Account of plague administration in the Bombay Presidency from September 1896 till May 1897
Year: 1896
Disease focus: Plague
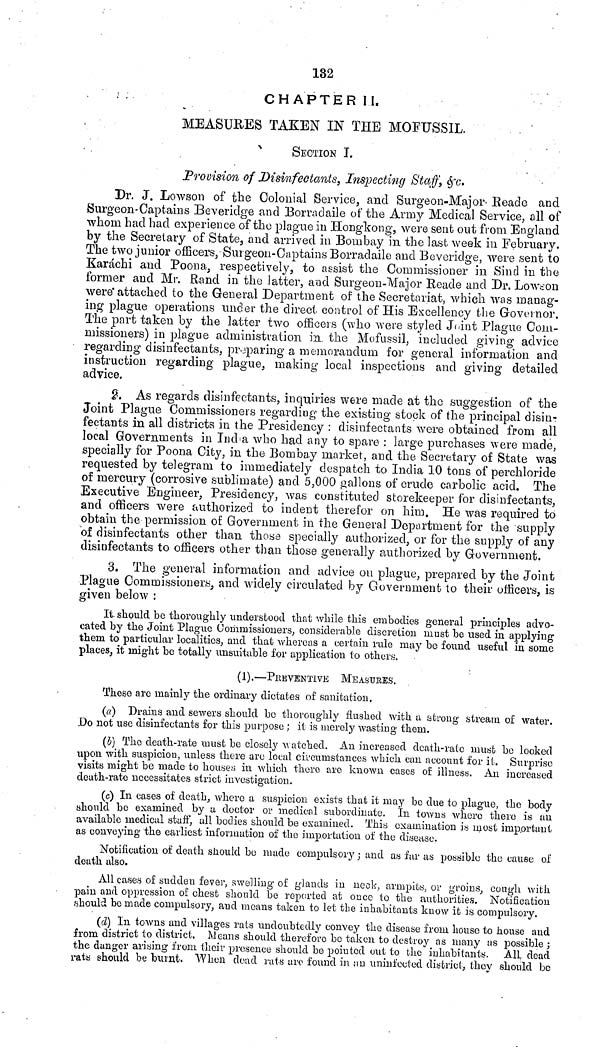
132
CHAPTER II.
MEASURES TAKEN IN THE MOFUSSIL.
SECTION I.
Provision of Disinfectants, Inspecting Staff, &c.
Dr. J. Lowson of the Colonial Service, and Surgeon-Major Reade and
Surgeon-Captains Beveridge and Borradaile of the Army Medical Service, all of
whom had had experience of the plague in Hongkong, were sent out from England
by the Secretary of State, and arrived in Bombay in the last week in February.
The two junior officers, Surgeon-Captains Borradaile and Beveridge, were sent to
Karachi and Poona, respectively, to assist the Commissioner in Sind in
were* attached to the General Department of the Secretariat, which was manag-
ing plague operations under the direct control of His Excellency the Governor.
The part taken by the latter two officers (who were styled Joint Plague Com-
missioners) in plague administration in. the Mofussil, included giving advice
regarding disinfectants, preparing a memorandum for general information and
instruction regarding plague, making local inspections and giving detailed
advice.
2. As regards disinfectants, inquiries were made at the suggestion of
fectants in all districts in the Presidency : disinfectants were obtained from all
local Governments in India who had any to spare : large purchases were made,
specially for Poona City, in the Bombay market, and the Secretary of State was
requested by telegram to immediately despatch to India 10 tons of perchloride
of mercury (corrosive sublimate) and 5,000 gallons of crude carbolic acid. The
Executive Engineer, Presidency, was constituted storekeeper for disinfectants,
and officers were authorized to indent therefor on him. He was required to
obtain the permission of Government in the General Department for the supply
of disinfectants other than these specially authorized, or for the supply of any
disinfectants to officers other than these generally authorized by Government.
3. The general information and advice on plague, prepared by the Joint
Plague Commissioners, and widely circulated by Government to their officers, is
given below :
It should be thoroughly understood that while this embodies general principles advo-
cated by the Joint Plague Commissioners, considerable discretion must be used in applying
them to particular localities, and that whereas a certain rule may be found useful in some
places, it might be totally unsuitable for application to others.
(1).—PrEVENTIVE MEASURES.
These are mainly the ordinary dictates of sanitation.
(a) Drains and sewers should be thoroughly flushed with a strong stream of water.
Do not use disinfectants for this purpose ; it is merely wasting them.
(b) The death-rate must be closely watched. An increased death-rate must be looked
upon with suspicion, unless there are local circumstances which can account for it. Surprise
visits might be made to houses in which there are known cases of illness. An increased
death-rate necessitates strict investigation.
(c) In cases of death, where a suspicion exists that it may be due to plague, the body
should be examined by a doctor or medical subordinate. In towns where there is an
available medical staff, all bodies should be examined. This examination is most important
as conveying the earliest information of the importation of the disease.
Notification of death should be made compulsory ; and as fur as possible the cause of
death also.
All cases of sudden fever, swelling of glands in neck, armpits, or groins, cough with
pain and oppression of chest should be reported at once to the authorities. Notification
should be made compulsory, and means taken to let the inhabitants know it is compulsory.
(d) In towns and villages rats undoubtedly convey the disease from house to house and
from district to district. Means should therefore be taken to destroy as many us possible;
the danger arising from their presence should be pointed out to the inhabitants, All dead
rats should be burnt. When dead ruts are found in an uninfected district, they should be